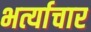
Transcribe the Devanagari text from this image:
भर्त्याचार